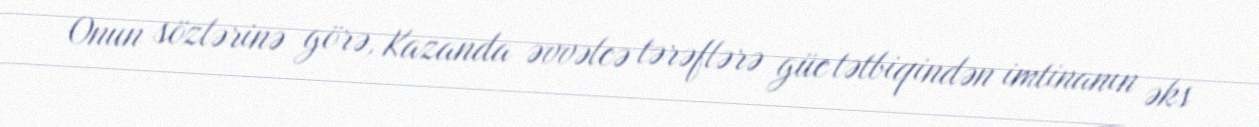
Onun sözlərinə görə, Kazanda əvvəlcə tərəflərə güc tətbiqindən imtinanın əks